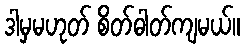
ဒါမှမဟုတ် စိတ်ဓါတ်ကျမယ်။